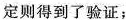
定则得到了验证；